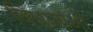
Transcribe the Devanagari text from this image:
विधाताओं